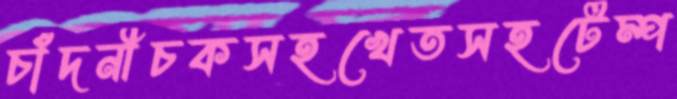
চাঁদনীচকসহখেতসহটেম্প